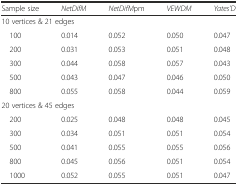
<table><thead><tr><td><b>Sample size</b></td><td><b><i>NetDifM</i></b></td><td><b><i>NetDifM</i>pm</b></td><td><b><i>VEWDM</i></b></td><td><b><i>Yates’D</i></b></td></tr></thead><tbody><tr><td colspan="5">10 vertices &amp; 21 edges</td></tr><tr><td> 100</td><td>0.014</td><td>0.052</td><td>0.050</td><td>0.047</td></tr><tr><td> 200</td><td>0.031</td><td>0.053</td><td>0.051</td><td>0.048</td></tr><tr><td> 300</td><td>0.044</td><td>0.058</td><td>0.057</td><td>0.043</td></tr><tr><td> 500</td><td>0.043</td><td>0.047</td><td>0.046</td><td>0.050</td></tr><tr><td> 800</td><td>0.055</td><td>0.058</td><td>0.044</td><td>0.059</td></tr><tr><td colspan="5">20 vertices &amp; 45 edges</td></tr><tr><td> 200</td><td>0.025</td><td>0.048</td><td>0.048</td><td>0.045</td></tr><tr><td> 300</td><td>0.034</td><td>0.051</td><td>0.051</td><td>0.054</td></tr><tr><td> 500</td><td>0.041</td><td>0.055</td><td>0.055</td><td>0.056</td></tr><tr><td> 800</td><td>0.045</td><td>0.056</td><td>0.051</td><td>0.054</td></tr><tr><td> 1000</td><td>0.052</td><td>0.055</td><td>0.051</td><td>0.047</td></tr></tbody></table>